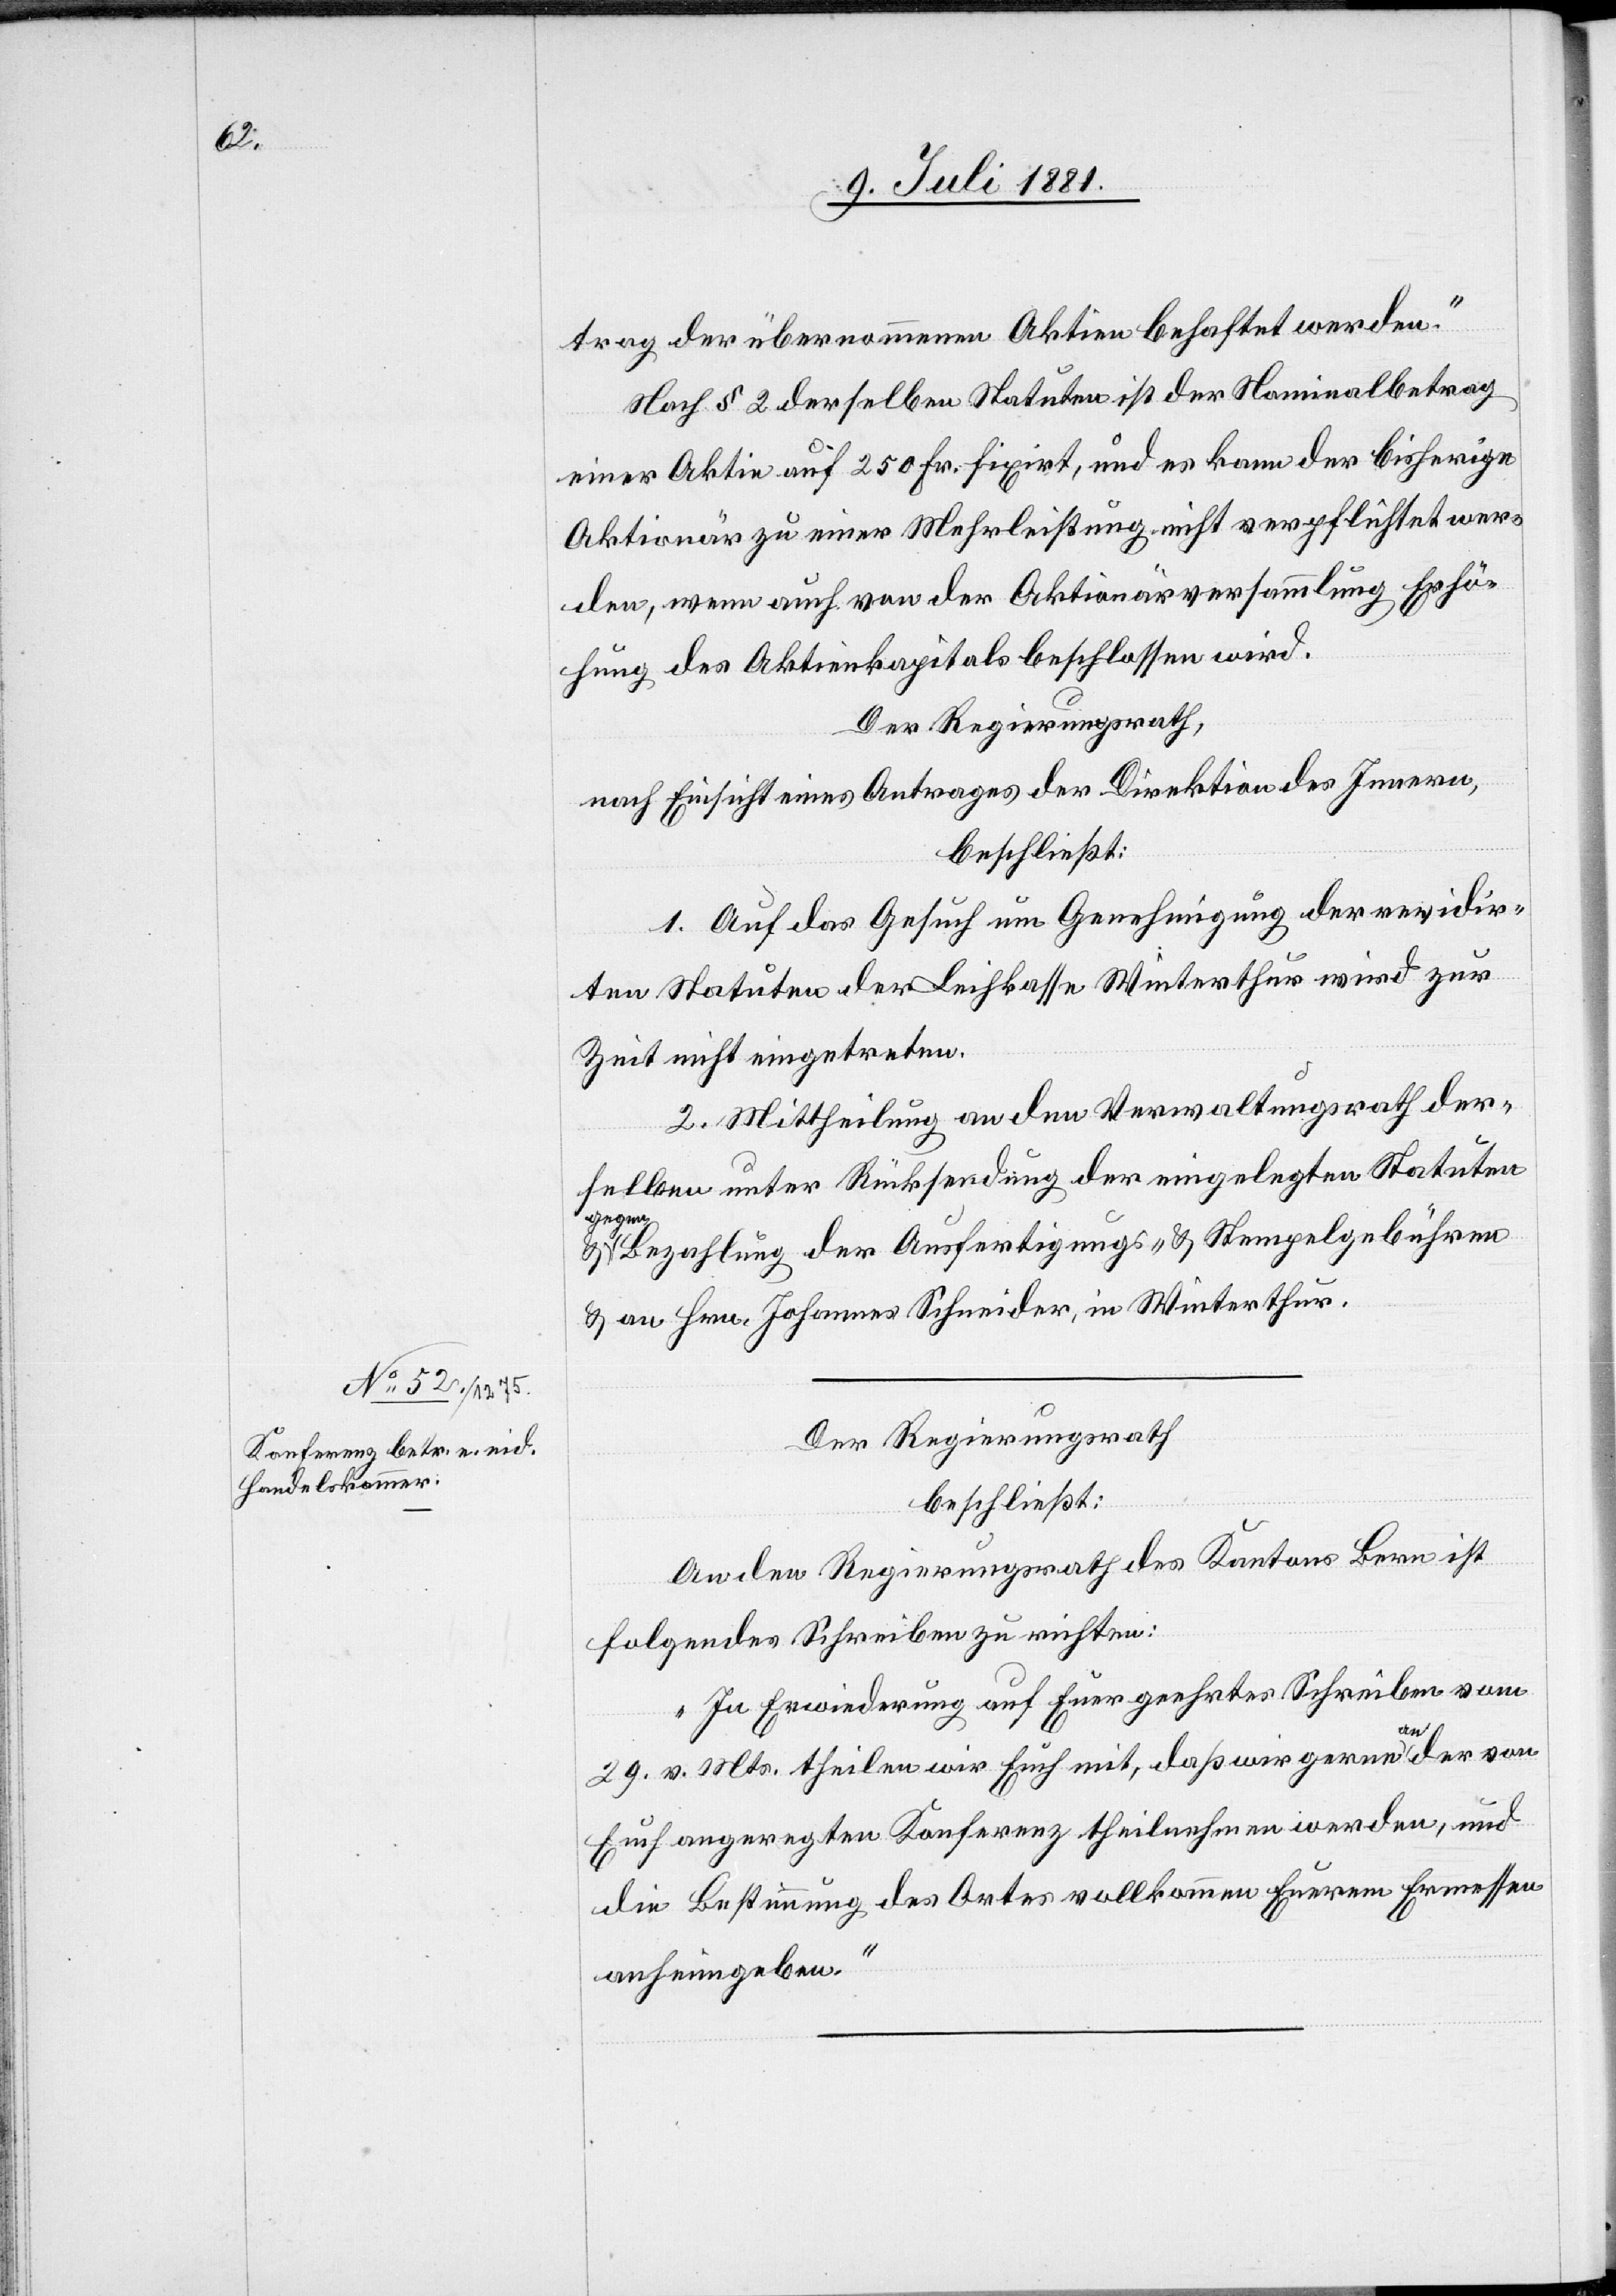
trag der übernommenen Aktien behaftet werden.“
Nach § 2 derselben Statuten ist der Nominalbetrag
einer Aktie auf 250 Fr. fixirt, und es kann der bisherige
Aktionär zu einer Mehrleistung nicht verpflichtet wer¬
den, wenn auch von der Aktionärversammlung Erhö¬
hung des Aktienkapitals beschlossen wird.
Der Regierungsrath,
nach Einsicht eines Antrages der Direktion des Innern,
beschließt:
1. Auf das Gesuch um Genehmigung der revidir¬
ten Statuten der Leihkasse Winterthur wird zur
Zeit nicht eingetreten.
2. Mittheilung an den Verwaltungsrath der¬
selben unter Rückstellung der eingelegten Statuten
gegen
Bezahlung der Ausfertigungs- & Stempelgebühren
& an Hrn. Johannes Schneider, in Winterthur.
Der Regierungsrath
beschließt:
An den Regierungsrath des Kantons Bern ist
folgendes Schreiben zu richten:
„In Erwiederung auf Euer geehrtes Schreiben vom
29. v. Mts. theilen wir Euch mit, daß wir gerne an der von
Euch angeregten Konferenz theilnehmen werden, und
die Bestimmung des Ortes vollkommen Euerem Ermessen
anheimgeben.“